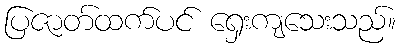
ပြဇာတ်ထက်ပင် ရှေးကျသေးသည်။